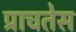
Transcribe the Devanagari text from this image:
प्राचतेस